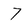
Character: 7